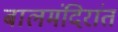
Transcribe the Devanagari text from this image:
बालमंदिरांत